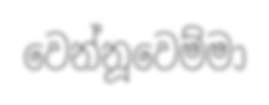
වෙන්නූවෙම්මා